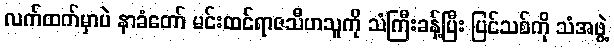
လက်ထက်မှာပဲ နာခံတော် မင်းထင်ရာဇသီဟသူကို သံကြီးခန့်ပြီး ပြင်သစ်ကို သံအဖွဲ့